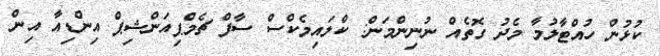
ކުޅުން ހުއްޓާލުމާ މެދު ގޮތެއް ނުނިންމަން: ކްލައިމެކްސް ސާފް ޗެމްޕިއަންޝިޕް އިންޑިއާ އިން